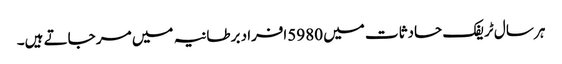
ہر سال ٹریفک حادثات میں 5980افراد برطانیہ میں مر جاتے ہیں۔